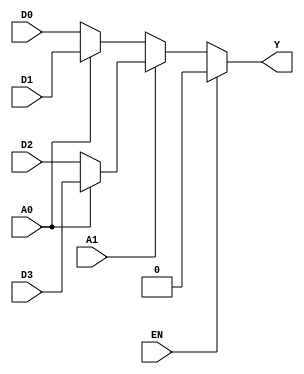
module Choice(EN,A1,A0,D0,D1,D2,D3,Y);
input EN,A1,A0,D0,D1,D2,D3;
output Y;
assign Y = EN ? 0 : (A1 ? (A0 ? D3:D2) : (A0 ? D1:D0));
endmodule